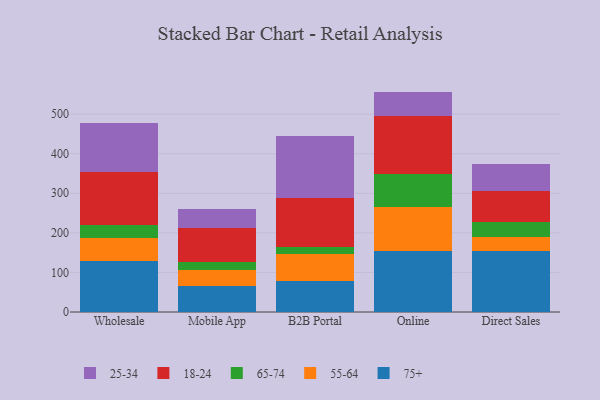
{"axis": {"x": "Channel", "y": "Satisfaction Score"}, "legend": ["18-24", "25-34", "55-64", "65-74", "75+"], "data": [{"x": "Wholesale", "y": 127.8, "type": "75+"}, {"x": "Wholesale", "y": 60.1, "type": "55-64"}, {"x": "Wholesale", "y": 33.2, "type": "65-74"}, {"x": "Wholesale", "y": 132.9, "type": "18-24"}, {"x": "Wholesale", "y": 123.9, "type": "25-34"}, {"x": "Mobile App", "y": 65.3, "type": "75+"}, {"x": "Mobile App", "y": 40.3, "type": "55-64"}, {"x": "Mobile App", "y": 21.9, "type": "65-74"}, {"x": "Mobile App", "y": 84.3, "type": "18-24"}, {"x": "Mobile App", "y": 48.2, "type": "25-34"}, {"x": "B2B Portal", "y": 79.3, "type": "75+"}, {"x": "B2B Portal", "y": 67.2, "type": "55-64"}, {"x": "B2B Portal", "y": 16.9, "type": "65-74"}, {"x": "B2B Portal", "y": 125.8, "type": "18-24"}, {"x": "B2B Portal", "y": 156.0, "type": "25-34"}, {"x": "Online", "y": 153.7, "type": "75+"}, {"x": "Online", "y": 110.6, "type": "55-64"}, {"x": "Online", "y": 84.4, "type": "65-74"}, {"x": "Online", "y": 146.0, "type": "18-24"}, {"x": "Online", "y": 62.3, "type": "25-34"}, {"x": "Direct Sales", "y": 153.0, "type": "75+"}, {"x": "Direct Sales", "y": 35.8, "type": "55-64"}, {"x": "Direct Sales", "y": 37.8, "type": "65-74"}, {"x": "Direct Sales", "y": 79.8, "type": "18-24"}, {"x": "Direct Sales", "y": 67.9, "type": "25-34"}]}